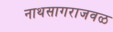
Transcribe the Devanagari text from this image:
नाथसागराजवळ